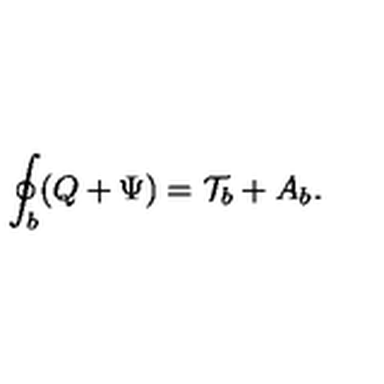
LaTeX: \oint _ { b } ( Q + \Psi ) = { \cal T } _ { b } + A _ { b } .